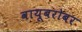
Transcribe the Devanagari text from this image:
वायूबरोबर